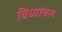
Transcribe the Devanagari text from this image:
विध्यांचल